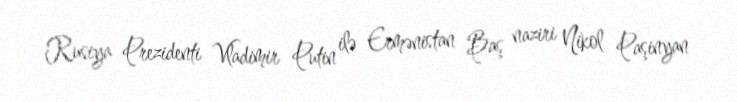
Rusiya Prezidenti Vladimir Putin ilə Ermənistan Baş naziri Nikol Paşinyan